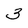
Character: 3